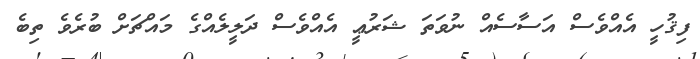
ފިޤުހީ އެއްވެސް އަސާސެއް ނުވަތަ ޝަރުޢީ އެއްވެސް ދަލީލެއްގެ މައްޗަށް ބުރެވެ ތިބެ